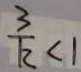
\frac { 3 } { k } < 1